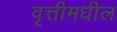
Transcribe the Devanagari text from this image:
वृत्तीमधील